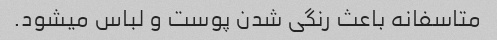
متاسفانه باعث رنگی شدن پوست و لباس میشود.